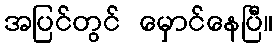
အပြင်တွင် မှောင်နေပြီ။